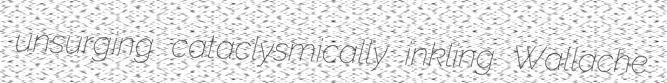
unsurging cataclysmically inkling Wallache